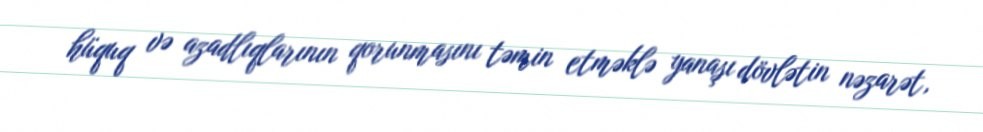
hüquq və azadlıqlarının qorunmasını təmin etməklə yanaşı dövlətin nəzarət,